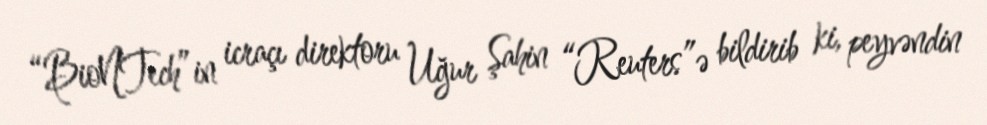
“BioNTech”in icraçı direktoru Uğur Şahin “Reuters”ə bildirib ki, peyvəndin